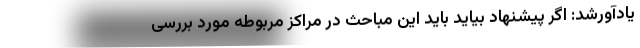
یادآورشد: اگر پیشنهاد بیاید باید این مباحث در مراکز مربوطه مورد بررسی